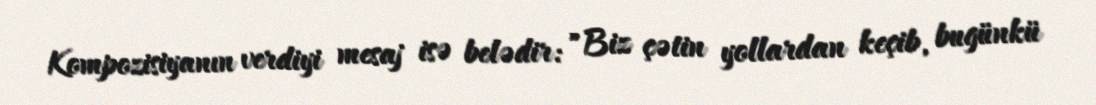
Kompozisiyanın verdiyi mesaj isə belədir: "Biz çətin yollardan keçib, bugünkü